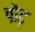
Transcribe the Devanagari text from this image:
ग्रेट्